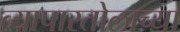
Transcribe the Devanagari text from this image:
व्यापारतोलाच्या